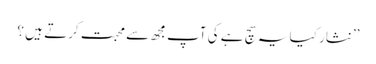
’’نثار کیا یہ سچ ہے کی آپ مجھ سے محبت کرتے ہیں ؟